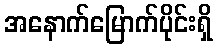
အနောက်မြောက်ပိုင်းရှိ